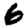
Digit: 6